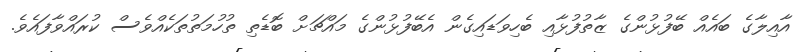
އާއިލާގެ ބައެއް ބޭފުޅުންގެ ޒާތުފުޅާއި ބެހިވަޑައިގެން އެބޭފުޅުންގެ މައްޗަށް ބޮޑެތި ތުހުމަތުތަކެއްވެސް ކުރައްވާފައެވެ.